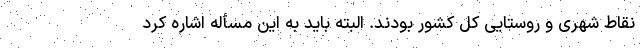
نقاط شهری و روستایی کل کشور بودند. البته باید به این مسأله اشاره کرد